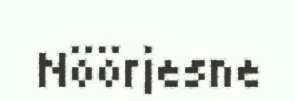
Nöörjesne